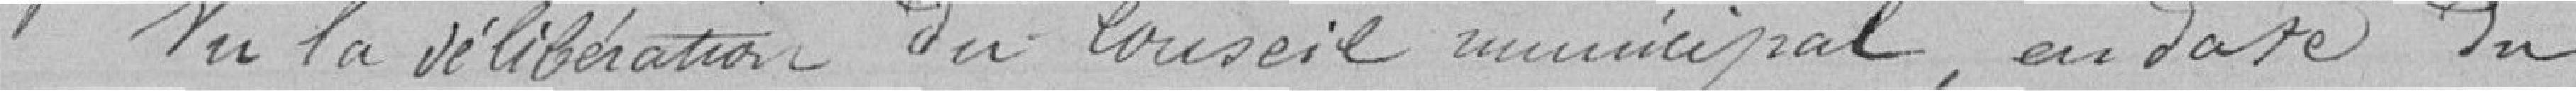
Vu la délibération du Conseil municipal, en date du